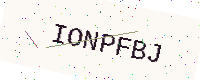
Text: IONPFBJ